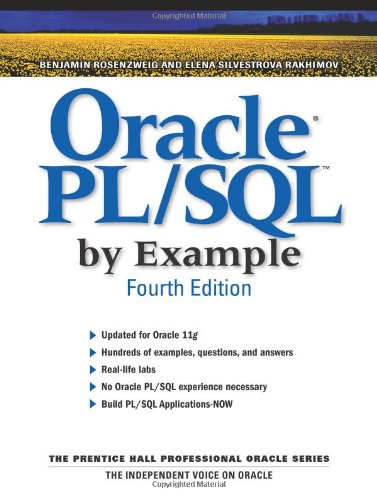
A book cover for Oracle PL/SQL by Example (4th Edition); Benjamin Rosenzweig; Computers & Technology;